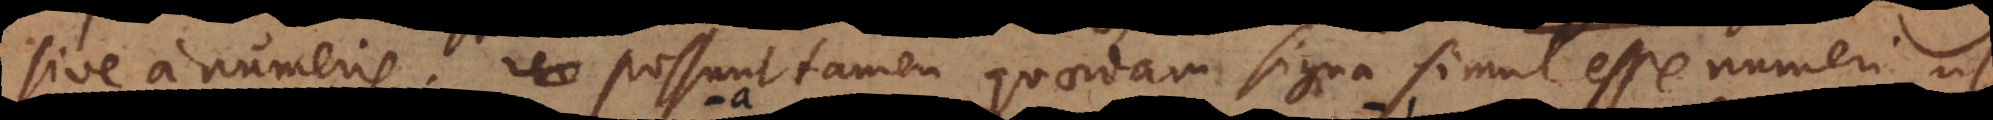
sive a numeris, possunt tamen quaedam signa simul esse numeri, ut